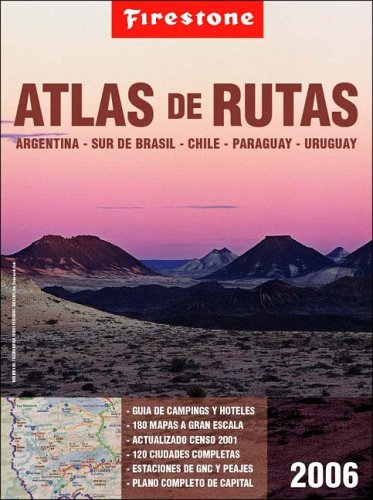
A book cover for Atlas de Rutas Firestone: Argentina, Sur de Brasil, Chile, Paraguay, Uruguay (Spanish Edition); Firestone; Travel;